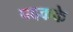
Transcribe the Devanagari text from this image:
पदकके